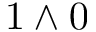
1 \wedge 0